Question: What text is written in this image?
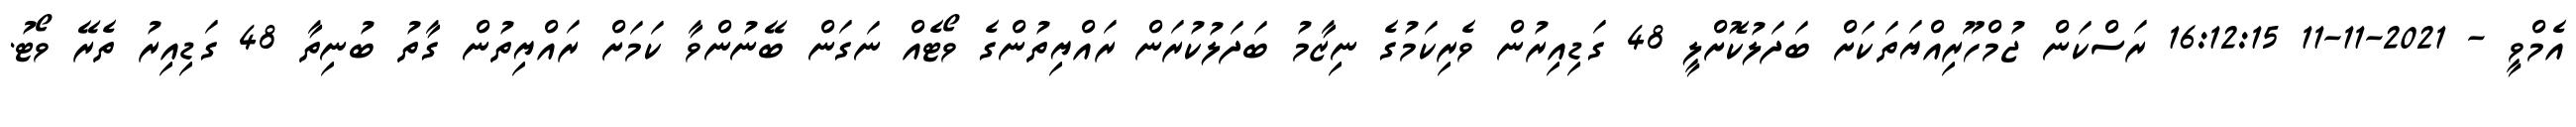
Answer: އެމްވީ - 2021-11-11 16:12:15 ރަސްކަން ޖުމްހޫރިއްޔަތަކަށް ބަދަލުކޮށްލީ 48 ގަޑިއިރުން ވެރިކަމުގެ ނިޒާމު ބަދަލުކުރަން ރައްޔިތުންގެ ވޯޓެއް ނަގަން ބޭނުންވާ ކަމަށް ރައްޔިތުން ގާތު ބުނިތާ 48 ގަޑިއިރު ތެރޭ ވޯޓު.